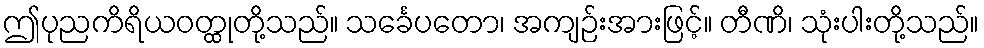
ဤပုညကိရိယဝတ္ထုတို့သည်။ သင်္ခေပတော၊ အကျဉ်းအားဖြင့်။ တီဏိ၊ သုံးပါးတို့သည်။